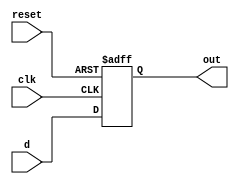
module D_FF(d,clk,reset,out);
input d,clk,reset;  
output out;
reg out;

always @(posedge clk or posedge reset) begin
if(reset == 1'b1) begin
	out = 1'b0;
	end
	else begin
	out = d;
	end
end
endmodule